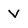
Character: V